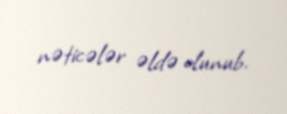
nəticələr əldə olunub.